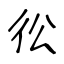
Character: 彸